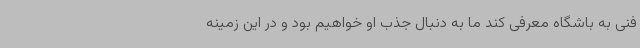
فنی به باشگاه معرفی کند ما به دنبال جذب او خواهیم بود و در این زمینه